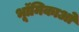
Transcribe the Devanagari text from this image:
भूॉमिकाओ